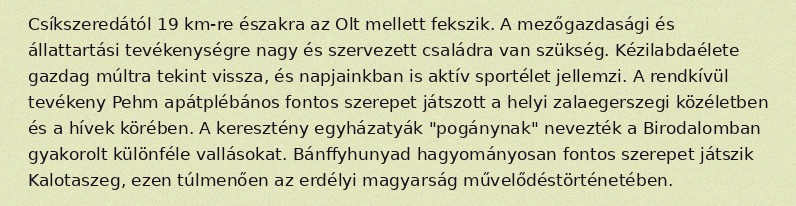
Csíkszeredától 19 km-re északra az Olt mellett fekszik. A mezőgazdasági és állattartási tevékenységre nagy és szervezett családra van szükség. Kézilabdaélete gazdag múltra tekint vissza, és napjainkban is aktív sportélet jellemzi. A rendkívül tevékeny Pehm apátplébános fontos szerepet játszott a helyi zalaegerszegi közéletben és a hívek körében. A keresztény egyházatyák "pogánynak" nevezték a Birodalomban gyakorolt különféle vallásokat. Bánffyhunyad hagyományosan fontos szerepet játszik Kalotaszeg, ezen túlmenően az erdélyi magyarság művelődéstörténetében.